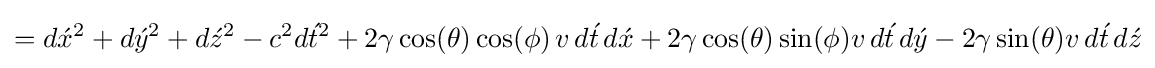
=d{\acute {x}}^{2}+d{\acute {y}}^{2}+d{\acute {z}}^{2}-c^{2}d{\acute {t}}^{2}+2\gamma \cos(\theta )\cos(\phi )\,v\,d{\acute {t}}\,d{\acute {x}}+2\gamma \cos(\theta )\sin(\phi )v\,d{\acute {t}}\,d{\acute {y}}-2\gamma \sin(\theta )v\,d{\acute {t}}\,d{\acute {z}}